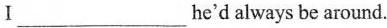
Ⅰ___he'd always be around.